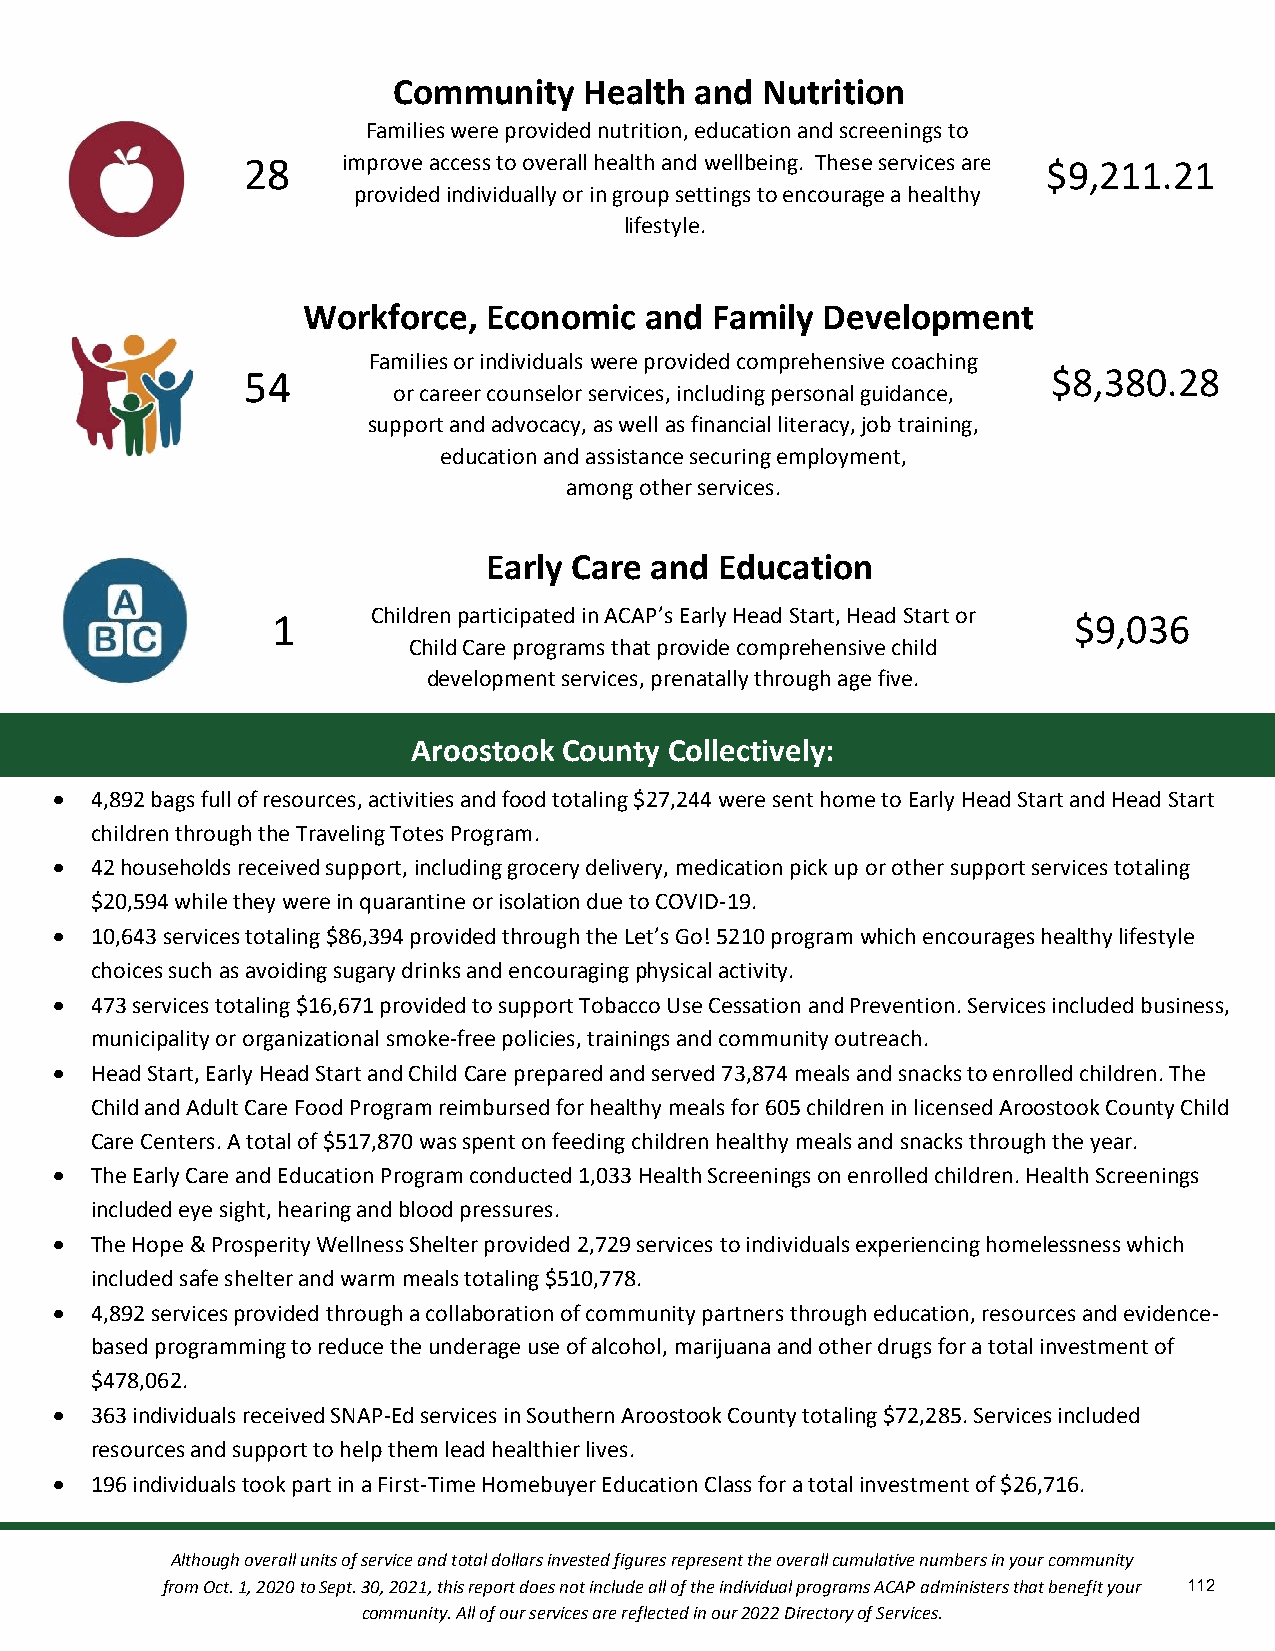
Community    Health and Nutrition
 Families were provided nutrition, education and screenings to
 28     imp rove access to overall healt&h a nd wellbeing. These services are $9,211.21
 provided individually or in group settings to encourage a healthy
 lifestyle.
 cation
 Workforce,  Economic   and Family Development
 Families or individuals were provided comprehensive coaching
 54                                                    $8,380.28
 or career counselor services, including personal guidacnacet,i on
 support and advocacy, as well as financial literacy, job training,
 education and assistance securing employment,
 among other services.
 Early Care and  Education
 1      Children participated in ACAP’s Early Head Start, Head Start or $9,036
 Child Care programs that provide comprehensive child
 development services, prenatally through age five.
 Aroostook County Collectively:
  4,892 bags full of resources, activities and food totaling $27,244 were sent home to Early Head Start and Head Start
 children through the Traveling Totes Program.
  42 households received support, including grocery delivery, medication pick up or other support services totaling
 $20,594 while they were in quarantine or isolation due to COVID-19.
  10,643 services totaling $86,394 provided through the Let’s Go! 5210 program which encourages healthy lifestyle
 choices such as avoiding sugary drinks and encouraging physical activity.
  473 services totaling $16,671 provided to support Tobacco Use Cessation and Prevention. Services included business,
 municipality or organizational smoke-free policies, trainings and community outreach.
  Head Start, Early Head Start and Child Care prepared and served 73,874 meals and snacks to enrolled children. The
 Child and Adult Care Food Program reimbursed for healthy meals for 605 children in licensed Aroostook County Child
 Care Centers. A total of $517,870 was spent on feeding children healthy meals and snacks through the year.
  The Early Care and Education Program conducted 1,033 Health Screenings on enrolled children. Health Screenings
 included eye sight, hearing and blood pressures.
  The Hope & Prosperity Wellness Shelter provided 2,729 services to individuals experiencing homelessness which
 included safe shelter and warm meals totaling $510,778.
  4,892 services provided through a collaboration of community partners through education, resources and evidence-
 based programming to reduce the underage use of alcohol, marijuana and other drugs for a total investment of
 $478,062.
  363 individuals received SNAP-Ed services in Southern Aroostook County totaling $72,285. Services included
 resources and support to help them lead healthier lives.
  196 individuals took part in a First-Time Homebuyer Education Class for a total investment of $26,716.
 Although overall units of service and total dollars invested figures represent the overall cumulative numbers in your community
 from Oct. 1, 2020 to Sept. 30, 2021, this report does not include all of the individual programs ACAP administers that benefit your 112
 community. All of our services are reflected in our 2022 Directory of Services.